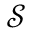
\mathcal { S }